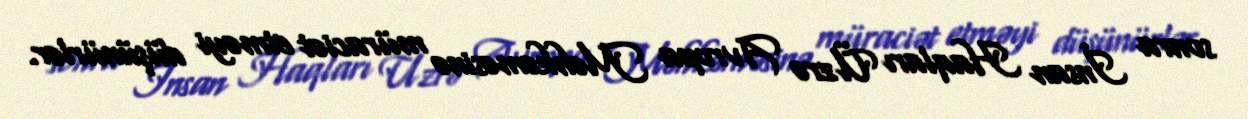
sonra İnsan Haqları Üzrə Avropa Məhkəməsinə müraciət etməyi düşünürlər.